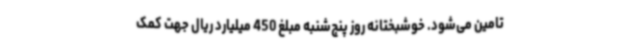
تامین می‌شود. خوشبختانه روز پنج‌شنبه مبلغ 450 میلیارد ریال جهت کمک